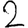
Digit: 2